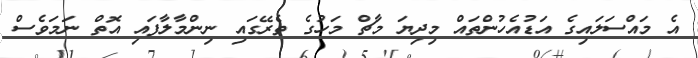
އެ މައްސަލައިގެ އަޑުއެހުންތައް މިދިޔަ މާޗް މަހުގެ ތެރޭގައި ނިންމާލާފައި އޮތް ނަމަވެސް